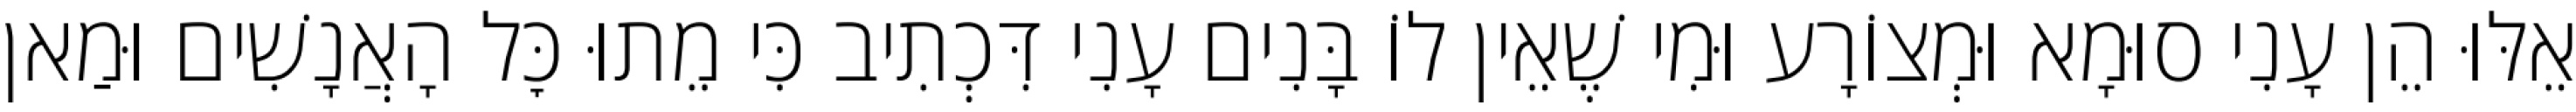
אֵלּוּ הֵן עָנִי סוּמָא וּמְצוֹרָע וּמִי שֶׁאֵין לוֹ בָּנִים עָנִי דִּכְתִיב כִּי מֵתוּ כׇּל הָאֲנָשִׁים וּמַאן